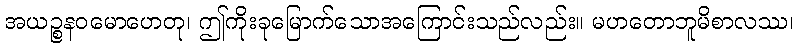
အယဉ္စနဝမောဟေတု၊ ဤကိုးခုမြောက်သောအကြောင်းသည်လည်း။ မဟတောဘူမိစာလဿ၊